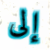
إلى